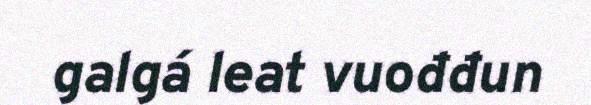
galgá leat vuođđun